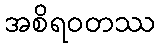
အစိရဝတဿ